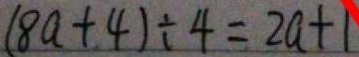
( 8 a + 4 ) \div 4 = 2 a + 1